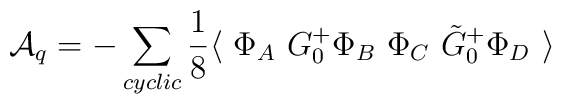
{\cal A}_q = -\sum_{cyclic}\frac{1}{8} \langle~\Phi_A  ~G_0^+ \Phi_B ~\Phi_C ~\tilde G_0^+ \Phi_D ~\rangle